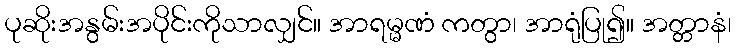
ပုဆိုးအနွမ်းအပိုင်းကိုသာလျှင်။ အာရမ္မဏံ ကတွာ၊ အာရုံပြု၍။ အတ္တာနံ၊